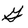
Character: G